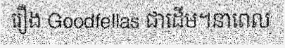
រឿង Goodfellas ជាដើម។នាពេល